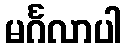
မင်္ဂလာပါ